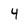
Character: 4